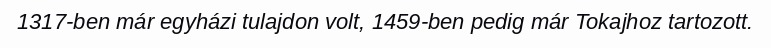
1317-ben már egyházi tulajdon volt, 1459-ben pedig már Tokajhoz tartozott.